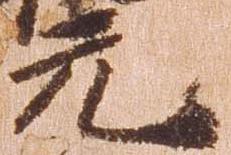
元